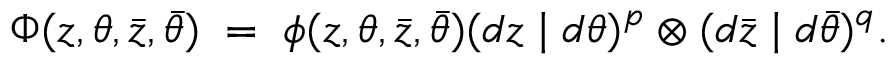
\Phi ( z , \theta , \bar { z } , \bar { \theta } ) \; = \; \phi ( z , \theta , \bar { z } , \bar { \theta } ) ( d z \mid d \theta ) ^ { p } \otimes ( d \bar { z } \mid d \bar { \theta } ) ^ { q } .